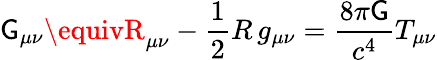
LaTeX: \mathsf{G}_{\mu\nu}\equivR_{\mu\nu}-{\frac{{\textstyle1}}{{2}}}R\, g_{\mu\nu}={\frac{{8\pi\mathsf{G}}}{{c^{4}}}}T_{\mu\nu}